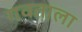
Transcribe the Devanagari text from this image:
गवताला